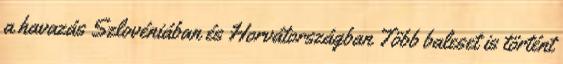
a havazás Szlovéniában és Horvátországban Több baleset is történt